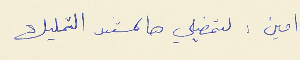
امين : لتمضيلي هالمستند التمليك